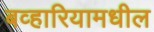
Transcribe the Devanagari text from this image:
बव्हारियामधील